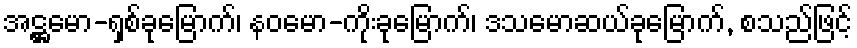
အဋ္ဌမော-ရှစ်ခုမြောက်၊ နဝမော-ကိုးခုမြောက်၊ ဒသမောဆယ်ခုမြောက်, စသည်ဖြင့်